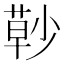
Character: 𰱰